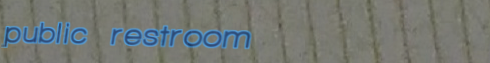
public restroom